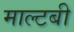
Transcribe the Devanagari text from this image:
माल्टबी